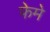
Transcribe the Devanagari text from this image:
फेमे